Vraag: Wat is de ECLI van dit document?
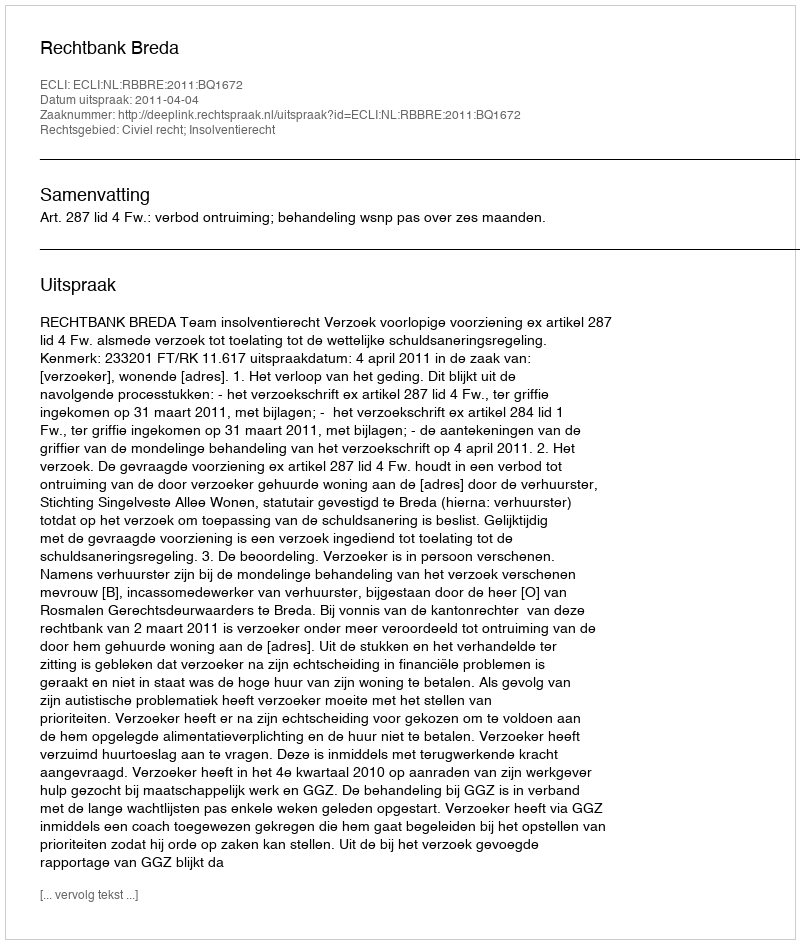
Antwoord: ECLI:NL:RBBRE:2011:BQ1672